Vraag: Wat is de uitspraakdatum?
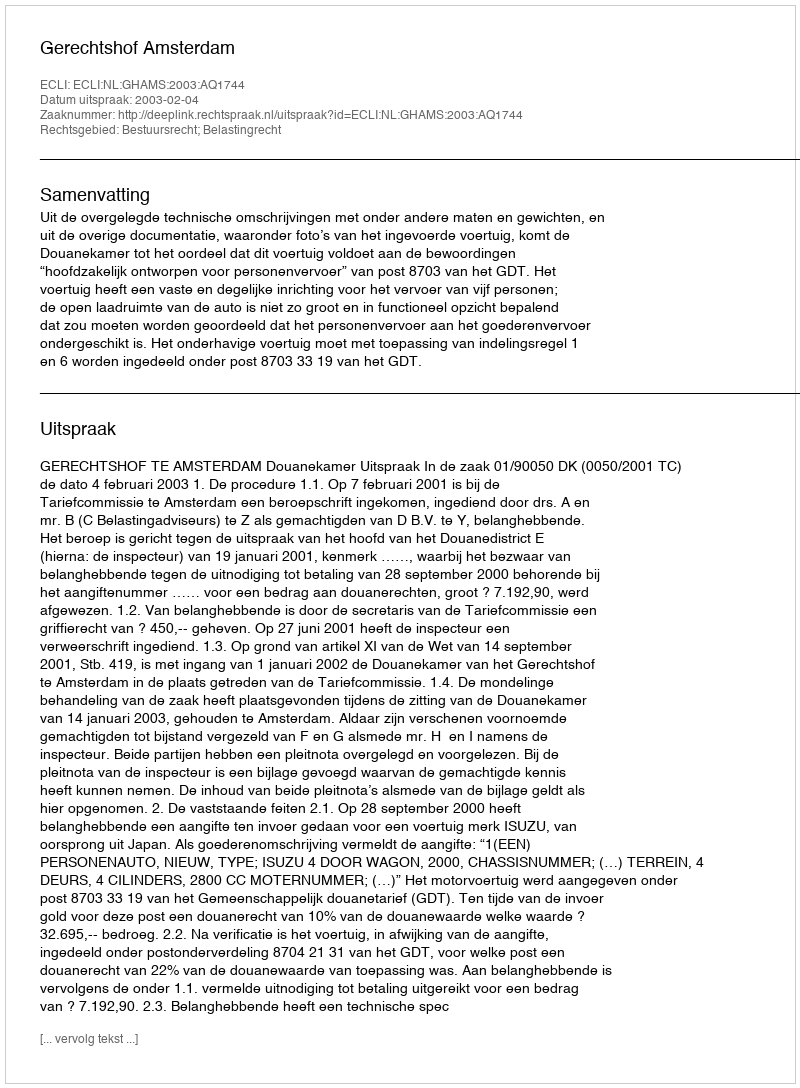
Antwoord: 2003-02-04